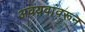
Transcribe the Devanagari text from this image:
अवयवांवरून